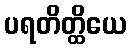
ပရတိတ္ထိယေ